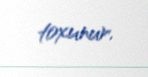
toxunur.